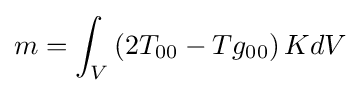
m=\int _{V}\left(2T_{00}-Tg_{00}\right)KdV